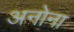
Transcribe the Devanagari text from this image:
अनोना